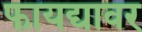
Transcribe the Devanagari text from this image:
फायद्यावर